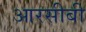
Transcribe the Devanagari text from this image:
आरसीबी